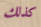
كذلك